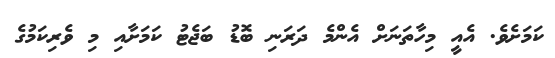
ކަމަށެވެ. އެއީ މިހާތަނަށް އެންމެ ދަރަނި ބޮޑު ބަޖެޓު ކަމަށާއި މި ވެރިކަމުގެ